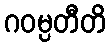
ဂဝမ္ပတီတိ